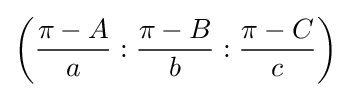
\left({\frac {\pi -A}{a}}:{\frac {\pi -B}{b}}:{\frac {\pi -C}{c}}\right)